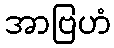
အာဗြဟံ